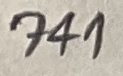
Text: 741